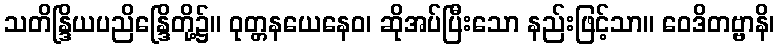
သတိန္ဒြိယပညိန္ဒြေိတို့၌။ ဝုတ္တနယေနေဝ၊ ဆိုအပ်ပြီးသော နည်းဖြင့်သာ။ ဝေဒိတဗ္ဗာနိ၊